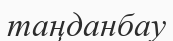
таңданбау